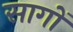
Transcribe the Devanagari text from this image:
सागों